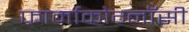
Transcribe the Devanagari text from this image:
फार्माकोग्नॉसी